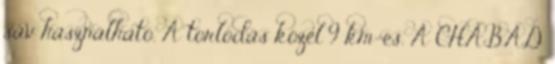
sáv használható. A torlódás közel 9 km-es. A CHÁBÁD